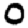
Digit: 0